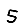
Digit: 5